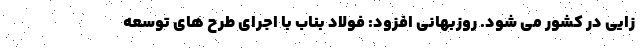
زایی در کشور می شود. روزبهانی افزود: فولاد بناب با اجرای طرح های توسعه